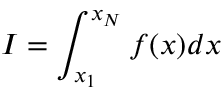
I = \int _ { x _ { 1 } } ^ { x _ { N } } f ( x ) d x